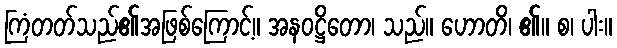
ကြံတတ်သည်၏အဖြစ်ကြောင့်။ အနဝဋ္ဌိတော၊ သည်။ ဟောတိ၊ ၏။ စ၊ ပါး။